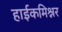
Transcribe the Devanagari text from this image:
हाईकमिश्नर